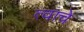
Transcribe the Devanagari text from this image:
त्वाचे